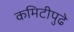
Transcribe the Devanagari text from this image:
कमिटीपुढे